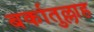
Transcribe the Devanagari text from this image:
बर्कातुल्लाह